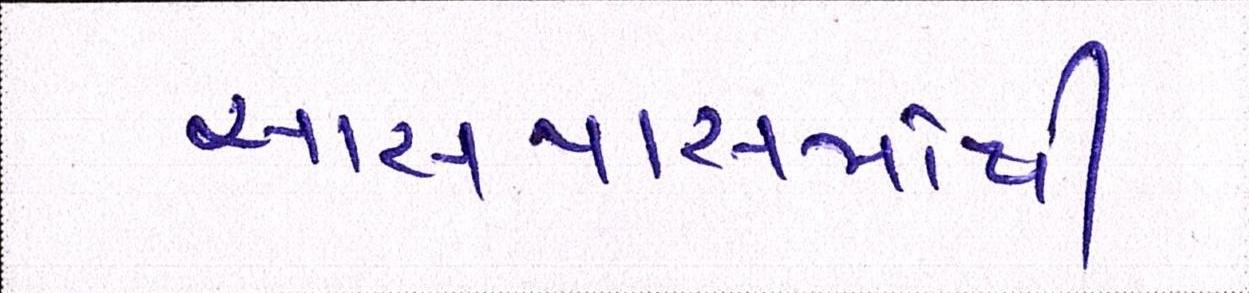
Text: આસપાસમાંથી